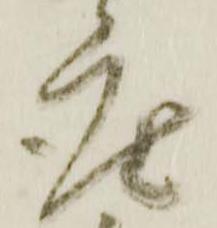
座